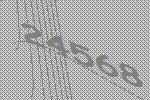
24568